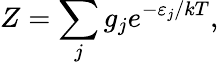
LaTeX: Z=\sum_{j}g_{j}e^{-\varepsilon_{j}/kT},